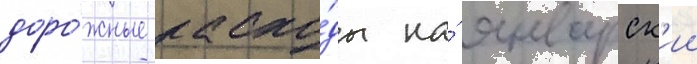
доро́жные расхо́ды на́ январск'ии